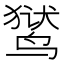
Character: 𬸚